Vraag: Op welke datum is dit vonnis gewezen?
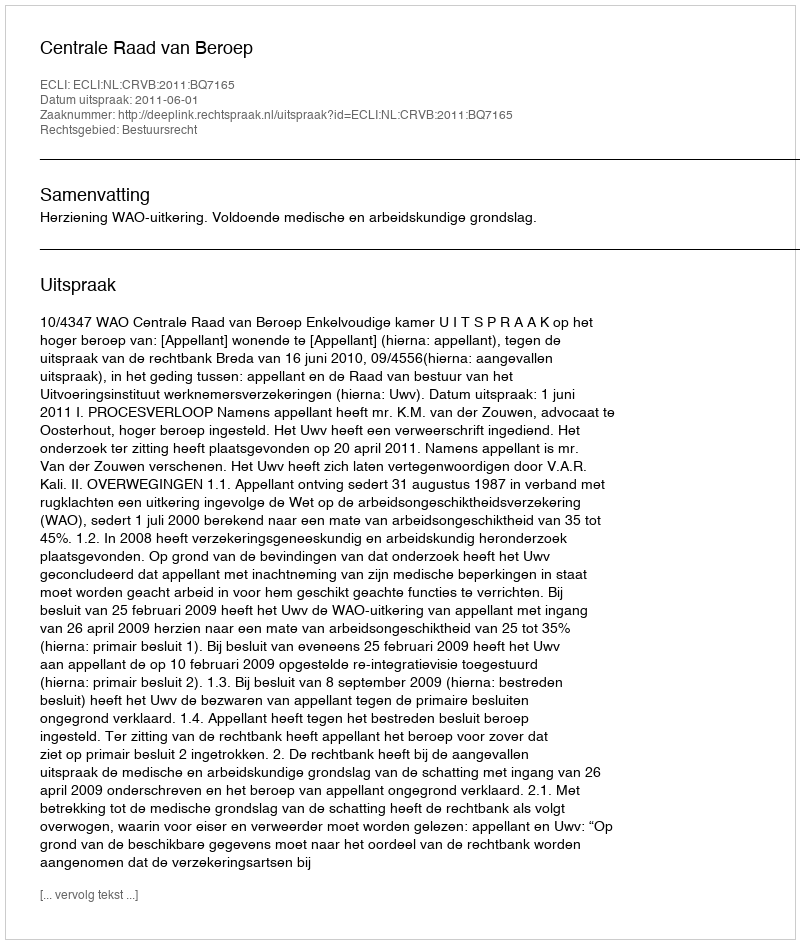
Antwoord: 2011-06-01